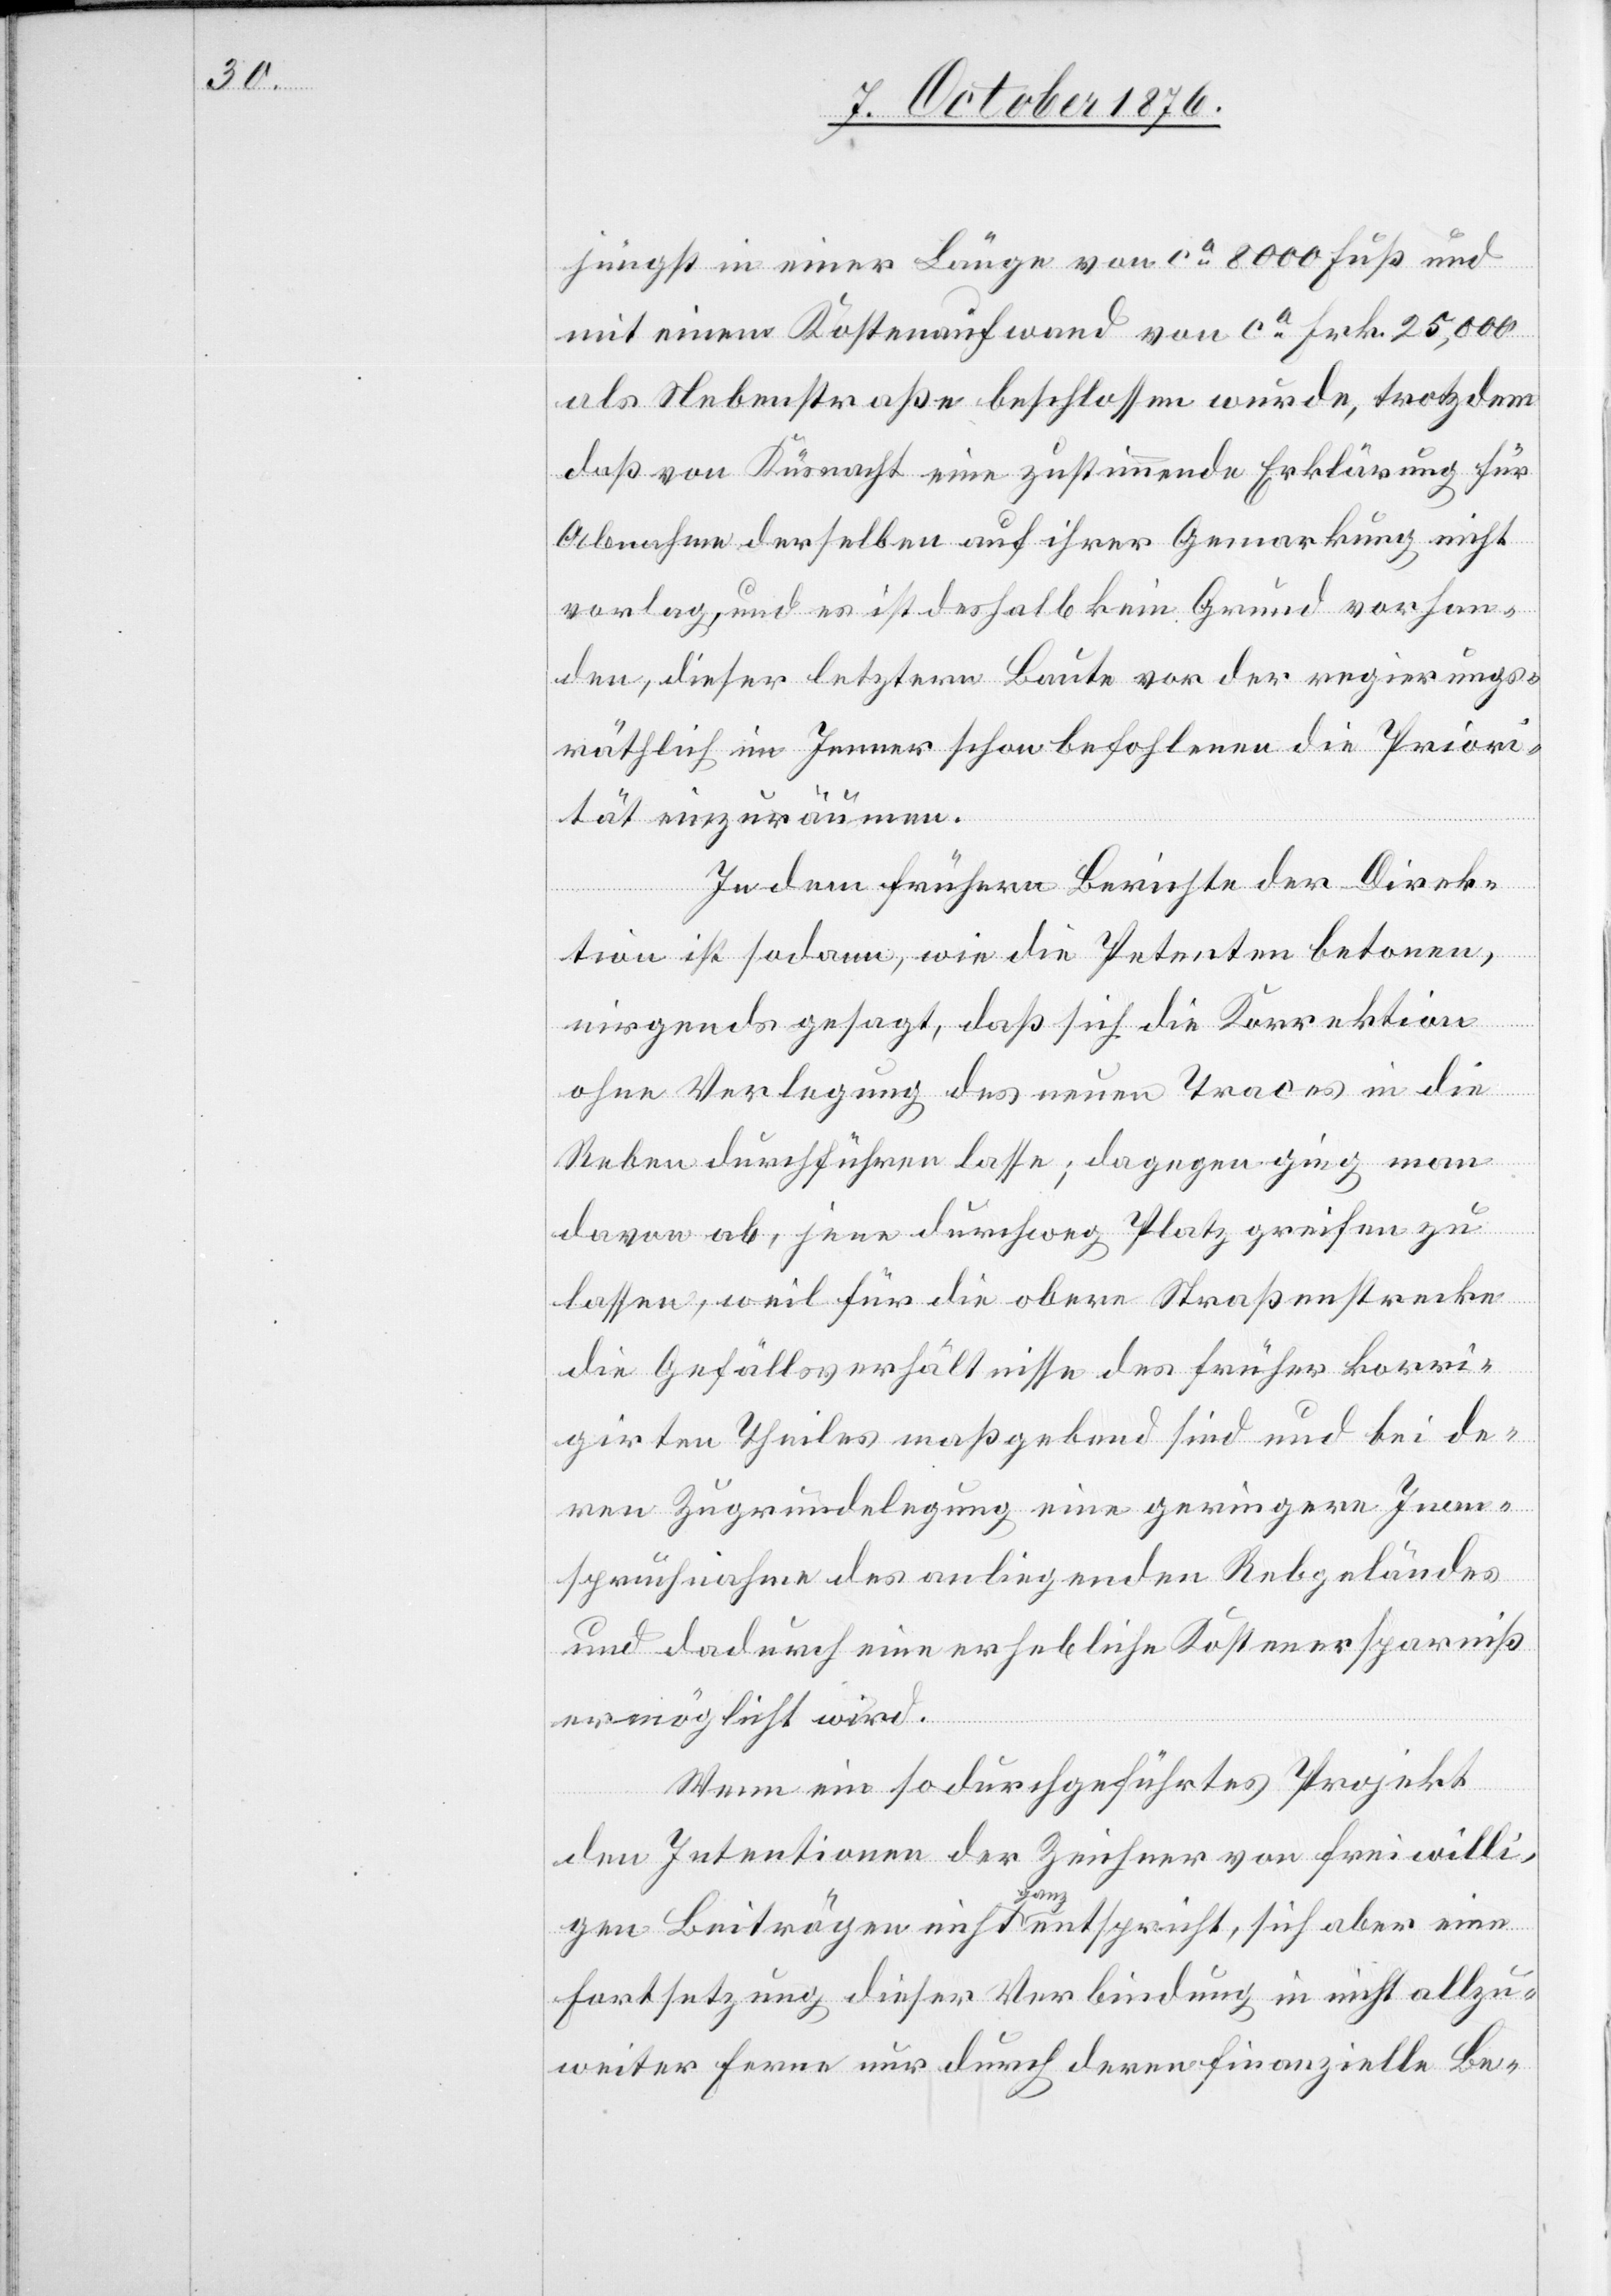
jüngst in einer Länge von ca 8000 Fuß und
mit einem Kostenaufwand von ca Frk. 25,000
als Nebenstraße beschlossen wurde, trotzdem
daß von Küsnacht eine zustimmende Erklärung für
Abnahme derselben auf ihrer Gemarkung nicht
vorlag, und es ist deshalb kein Grund vorhan¬
den, dieser letztern Baute vor der regierungs¬
räthlich im Jenner schon befohlenen die Priori¬
tät einzuräumen.
In dem frühern Berichte der Direk¬
tion ist sodann, wie die Petenten betonen,
nirgends gesagt, daß sich die Korrektion
ohne Verlegung des neuen Traces in die
Reben durchführen lasse; dagegen ging man
davon ab, jene durchweg Platz greifen zu
lassen, weil für die obere Straßenstrecke
die Gefällsverhältnisse des früher korri¬
girten Theiles maßgebend sind und bei de¬
ren Zugrundelegung eine geringere Inan¬
spruchnahme des anliegenden Rebgeländes
und dadurch eine erhebliche Kostenersparniß
ermöglicht wird.
Wenn ein so durchgeführtes Projekt
den Intentionen der Zeichner von freiwilli¬
gen Beiträgen nicht ganz entspricht, sich aber eine
Fortsetzung dieser Verbindung in nicht allzu¬
weiter Ferne nur durch deren finanzielle Be-